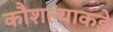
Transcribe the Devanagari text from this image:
कौशल्याकडे